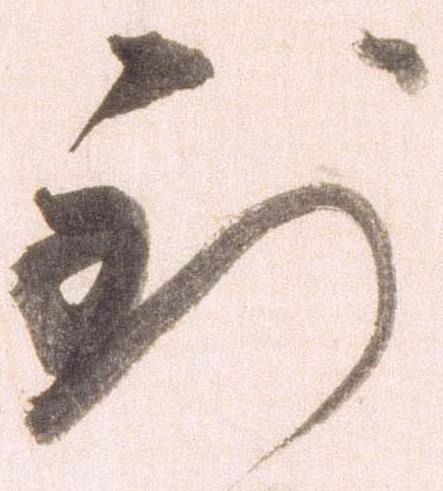
到